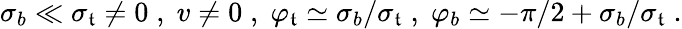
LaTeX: \sigma_{b}\ll\sigma_{\mathfrak{t}}\neq0\; ,\; v\neq0\; ,\; \varphi_{\mathfrak{t}}\simeq\sigma_{b}/\sigma_{\mathfrak{t}}\; ,\; \varphi_{b}\simeq-\pi/2+\sigma_{b}/\sigma_{\mathfrak{t}}\; .